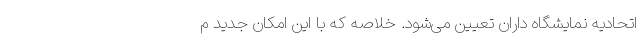
اتحادیه نمایشگاه داران تعیین می‌شود. خلاصه که با این امکان جدید م